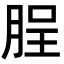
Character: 脭